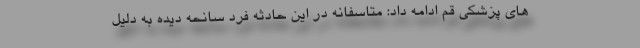
های پزشکی قم ادامه داد: متاسفانه در این حادثه فرد سانحه دیده به دلیل